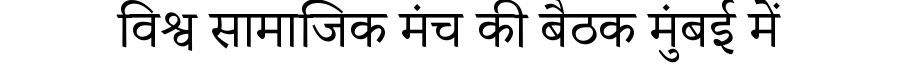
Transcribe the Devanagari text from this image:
विश्व सामाजिक मंच की बैठक मुंबई में